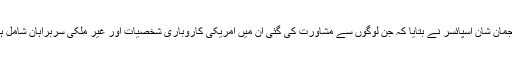
ترجمان شان اسپائسر نے بتایا کہ جن لوگوں سے مشاورت کی گئی اُن میں امریکی کاروباری شخصیات اور غیر ملکی سربراہان شامل ہیں۔